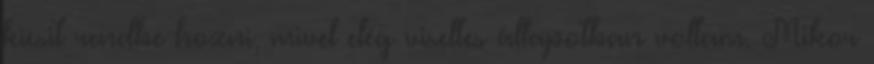
kicsit rendbe hozni, mivel elég viseltes állapotban voltam. Mikor